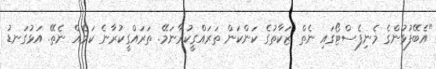
"އެބޭފުޅުންގެ މެނިފެސްޓޯގައި ނެތް ޒަކާތުގެ ކަންކަން ތަރައްގީކުރާނަމޭ. ތަރައްގީކުރާނެ ކަމެއް ނެތޭ. އަޅުގަނޑު